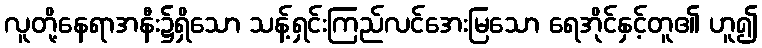
လူတို့နေရာအနီး၌ရှိသော သန့်ရှင်းကြည်လင်အေးမြသော ရေအိုင်နှင့်တူ၏ ဟူ၍